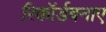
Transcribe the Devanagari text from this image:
रिकॉर्डबनाए